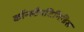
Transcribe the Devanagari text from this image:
कॉन्स्टैनटिनिडिस